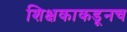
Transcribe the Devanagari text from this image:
शिक्षकाकडूनच